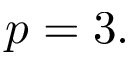
p = 3 .